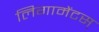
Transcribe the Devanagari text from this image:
लिगामेंटस्